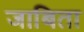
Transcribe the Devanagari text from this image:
जाबिता